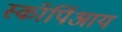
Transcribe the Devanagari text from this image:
स्कॉर्पिआय